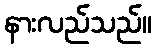
နားလည်သည်။